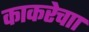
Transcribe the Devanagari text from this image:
काकरेचाा